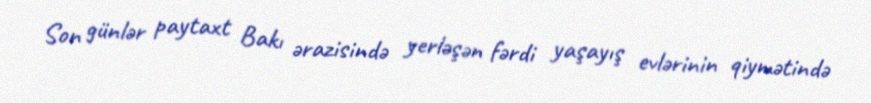
Son günlər paytaxt Bakı ərazisində yerləşən fərdi yaşayış evlərinin qiymətində